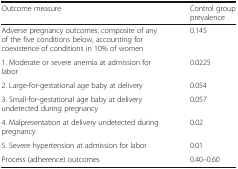
<table><thead><tr><td><b>Outcome measure</b></td><td><b>Control group prevalence</b></td></tr></thead><tbody><tr><td>Adverse pregnancy outcomes: composite of any of the five conditions below, accounting for coexistence of conditions in 10% of women</td><td>0.145</td></tr><tr><td>1. Moderate or severe anemia at admission for labor</td><td>0.0225</td></tr><tr><td>2. Large-for-gestational age baby at delivery</td><td>0.054</td></tr><tr><td>3. Small-for-gestational age baby at delivery undetected during pregnancy</td><td>0.057</td></tr><tr><td>4. Malpresentation at delivery undetected during pregnancy</td><td>0.02</td></tr><tr><td>5. Severe hypertension at admission for labor</td><td>0.01</td></tr><tr><td>Process (adherence) outcomes</td><td>0.40–0.60</td></tr></tbody></table>